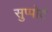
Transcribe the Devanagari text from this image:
सुप्पोर्ट